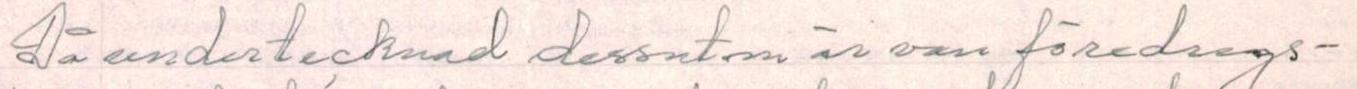
Då undertecknad dessutom är van föredrags-